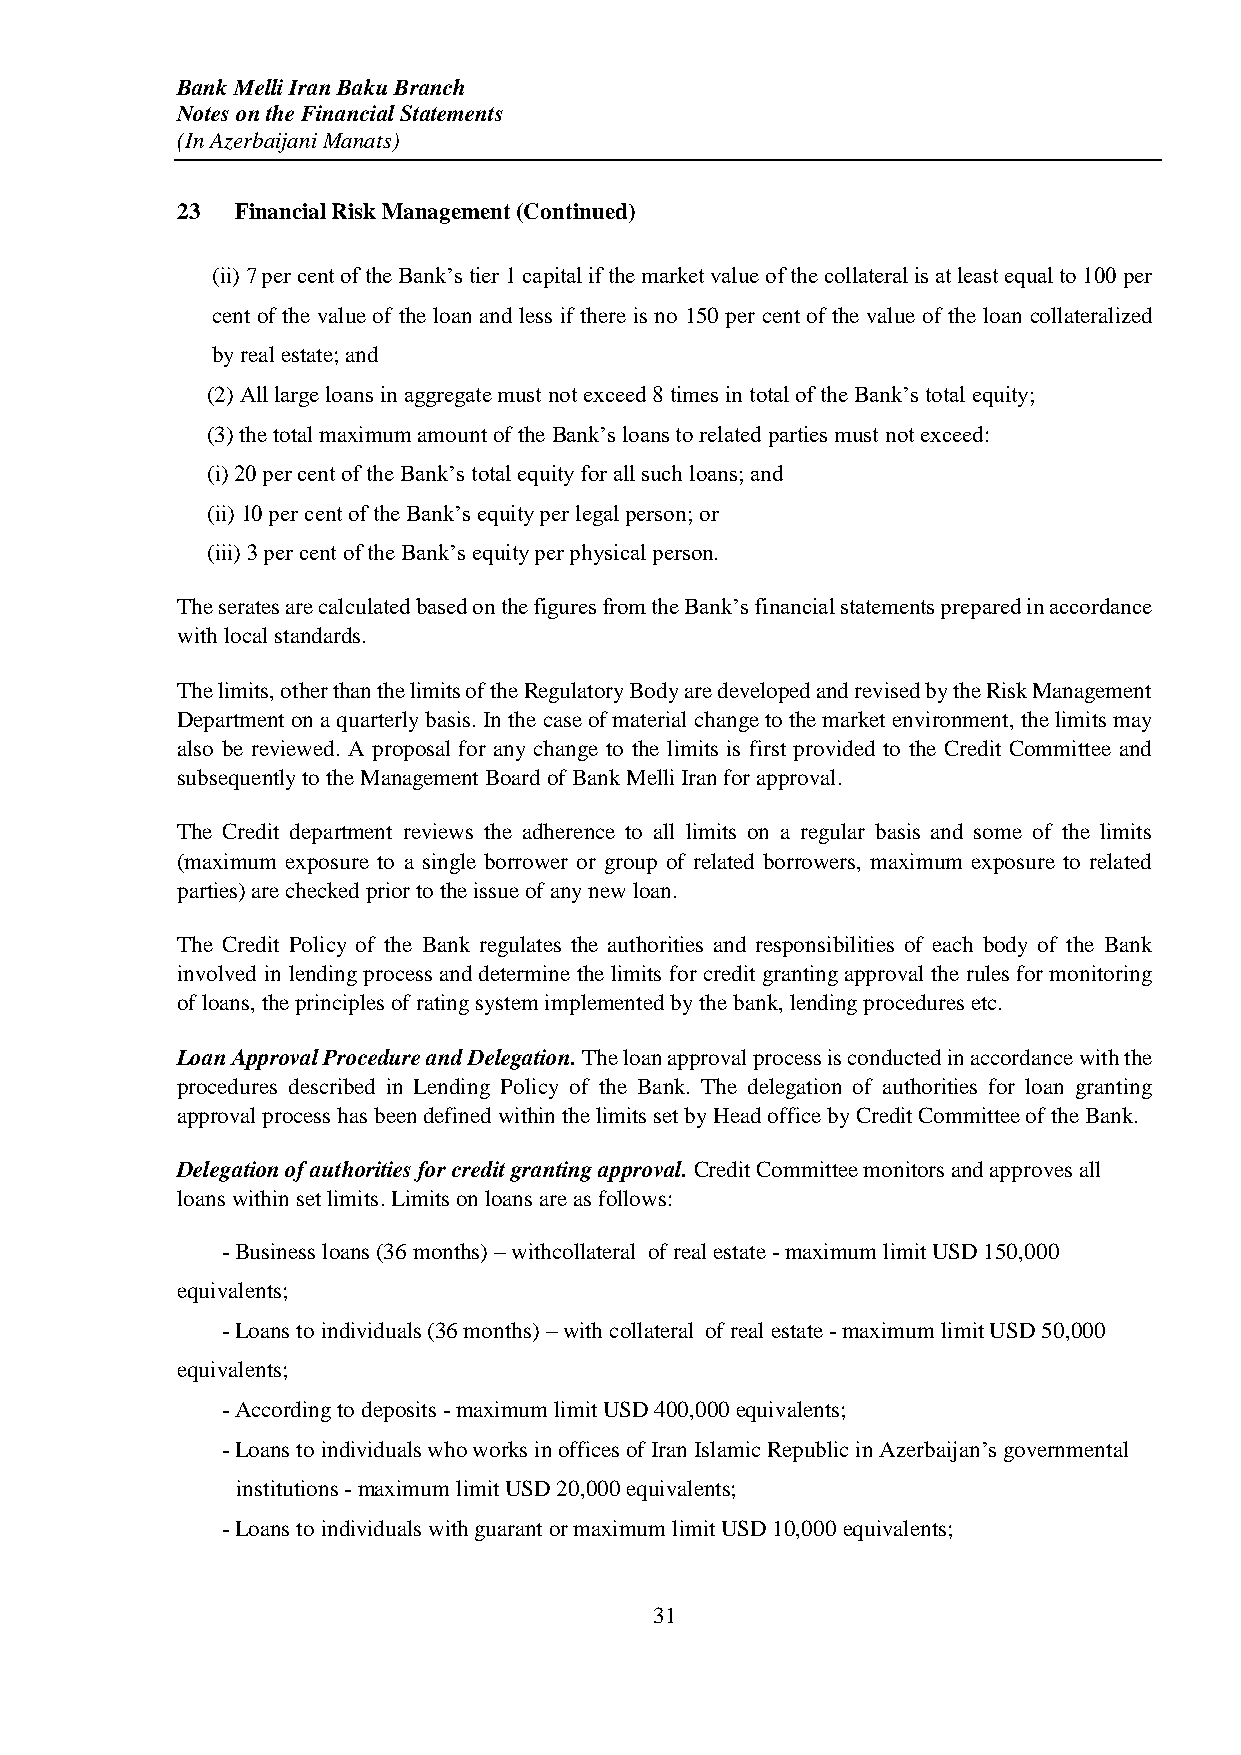
Bank Melli Iran Baku Branch
 Notes on the Financial Statements
 (In Azerbaijani Manats)
 23  Financial Risk Management (Continued)
 (ii) 7 per cent of the Bank’s tier 1 capital if the market value of the collateral is at least equal to 100 per
 cent of the value of the loan and less if there is no 150 per cent of the value of the loan collateralized
 by real estate; and
 (2) All large loans in aggregate must not exceed 8 times in total of the Bank’s total equity;
 (3) the total maximum amount of the Bank’s loans to related parties must not exceed:
 (i) 20 per cent of the Bank’s total equity for all such loans; and
 (ii) 10 per cent of the Bank’s equity per legal person; or
 (iii) 3 per cent of the Bank’s equity per physical person.
 The serates are calculated based on the figures from the Bank’s financial statements prepared in accordance
 with local standards.
 The limits, other than the limits of the Regulatory Body are developed and revised by the Risk Management
 Department on a quarterly basis. In the case of material change to the market environment, the limits may
 also be reviewed. A proposal for any change to the limits is first provided to the Credit Committee and
 subsequently to the Management Board of Bank Melli Iran for approval.
 The Credit department reviews the adherence to all limits on a regular basis and some of the limits
 (maximum exposure to a single borrower or group of related borrowers, maximum exposure to related
 parties) are checked prior to the issue of any new loan.
 The Credit Policy of the Bank regulates the authorities and responsibilities of each body of the Bank
 involved in lending process and determine the limits for credit granting approval the rules for monitoring
 of loans, the principles of rating system implemented by the bank, lending procedures etc.
 Loan Approval Procedure and Delegation. The loan approval process is conducted in accordance with the
 procedures described in Lending Policy of the Bank. The delegation of authorities for loan granting
 approval process has been defined within the limits set by Head office by Credit Committee of the Bank.
 Delegation of authorities for credit granting approval. Credit Committee monitors and approves all
 loans within set limits. Limits on loans are as follows:
 - Business loans (36 months) – withcollateral of real estate - maximum limit USD 150,000
 equivalents;
 - Loans to individuals (36 months) – with collateral of real estate - maximum limit USD 50,000
 equivalents;
 - According to deposits - maximum limit USD 400,000 equivalents;
 - Loans to individuals who works in offices of Iran Islamic Republic in Azerbaijan’s governmental
 institutions - maximum limit USD 20,000 equivalents;
 - Loans to individuals with guarant or maximum limit USD 10,000 equivalents;
 31